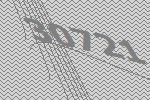
30721